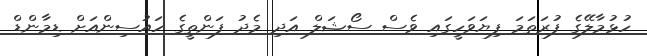
ހުޅުމާލޭގެ ފުރަތަމަ ފިޔަވަހީގައި ވެސް ސޯޝަލް އަދި މެދު ފަންތީގެ ހައުސިންއަށް ޑިމާންޑް